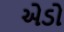
એડો